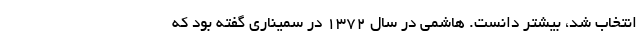
انتخاب شد، بیشتر دانست. هاشمی در سال ۱۳۷۲ در سمیناری گفته بود که